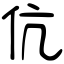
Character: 伉